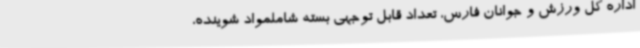
اداره کل ورزش و جوانان فارس، تعداد قابل توجهی بسته شاملمواد شوینده،